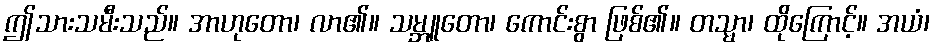
ဤသားသမီးသည်။ အာဟုတော၊ လာ၏။ သမ္ဘူတော၊ ကောင်းစွာ ဖြစ်၏။ တသ္မာ၊ ထိုကြောင့်။ အယံ၊